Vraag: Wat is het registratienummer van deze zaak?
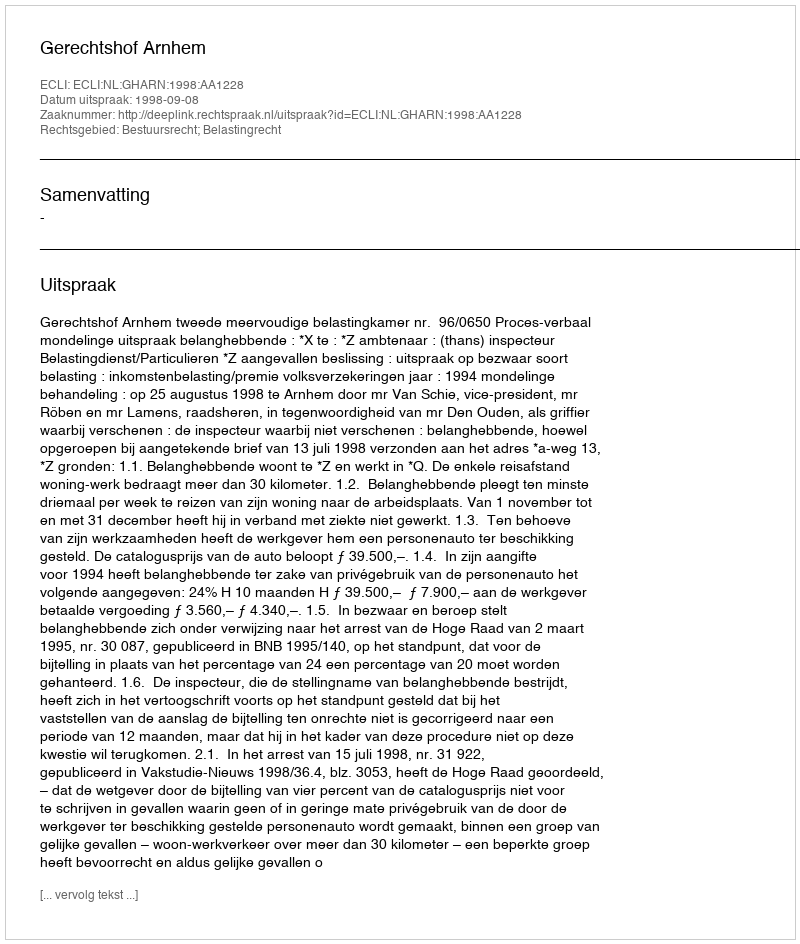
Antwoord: http://deeplink.rechtspraak.nl/uitspraak?id=ECLI:NL:GHARN:1998:AA1228